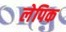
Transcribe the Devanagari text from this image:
लेपिक